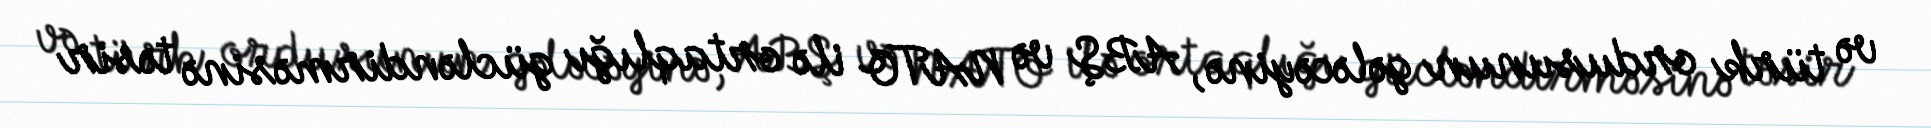
və türk ordusunun gələcəyinə, ABŞ və NATO ilə ortaqlığı gücləndirməsinə təsir